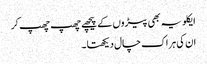
ایکلویہ بھی پیڑوں کے پیچھے چھپ چھپ کر
ان کی ہر اک چال دیکھتا ۔